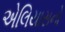
એલિયાસનો